Materia medica of Madras volume I
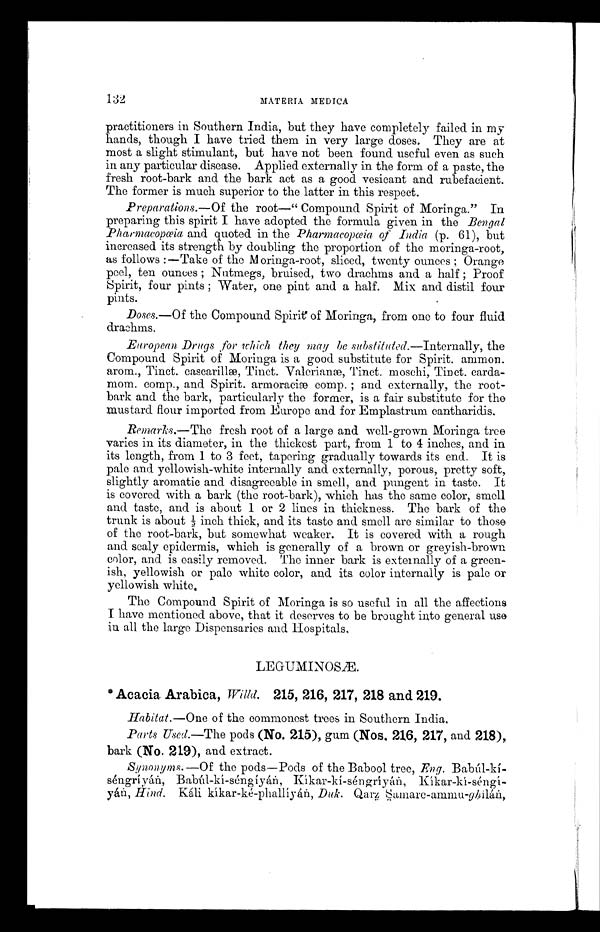
132
MATERIA MEDICA
practitioners in Southern India, but they have completely failed in my
hands, though I have tried them in very large doses. They are at
most a slight stimulant, but have not been found useful even as such
in any particular disease. Applied externally in the form of a paste, the
fresh root-bark and the bark act as a good vesicant and rubefacient.
The former is much superior to the latter in this respect.
Preparations.— Of the root—" Compound Spirit of Moringa." In
preparing this spirit I have adopted the formula given in the Bengal
Pharmacopœia and quoted in the Pharmacopœia of India (p. 61), but
increased its strength by doubling the proportion of the moringa-root,
as follows :—Take of the Moringa-root, sliced, twenty ounces ; Orange
peel, ten ounces ; Nutmegs, bruised, two drachms and a half ; Proof
Spirit, four pints ; Water, one pint and a half. Mix and distil four
pints.
Doses.—Of the Compound Spirit of Moringa, from one to four fluid
drachms.
European Drugs for which they may be substituted.— Internally, the
Compound Spirit of Moringa is a good substitute for Spirit. ammon.
arom., Tinct. cascarillæ, Tinct. Valerianæ, Tinct. moschi, Tinct. carda
-mom. comp., and Spirit. armoraciæ comp. ; and externally, the root-
bark and the bark, particularly the former, is a fair substitute for the
mustard flour imported from Europe and for Emplastrum cantharidis.
Remarks.— The fresh root of a large and well-grown Moringa tree
varies in its diameter, in the thickest part, from 1 to 4 inches, and in
its length, from 1 to 3 feet, tapering gradually towards its end. It is
pale and yellowish-white internally and externally, porous, pretty soft,
slightly aromatic and disagreeable in smell, and pungent in taste. It
is covered with a bark (the root-bark), which has the same color, smell
and taste, and is about 1 or 2 lines in thickness. The bark of the
trunk is about ½ inch thick, and its taste and smell are similar to those
of the root-bark, but somewhat weaker. It is covered with a rough
and scaly epidermis, which is generally of a brown or greyish-brown
color, and is easily removed. The inner bark is externally of a green
-ish, yellowish or pale white color, and its color internally is pale or
yellowish white.
The Compound Spirit of Moringa is so useful in all the affections
I have mentioned above, that it deserves to be brought into general use
in all the large Dispensaries and Hospitals,
LEGUMINOSÆ.
*Acacia. Arabica, Willd. 215, 216, 217, 218 and 219.
Habitat.— One of the commonest trees in Southern India.
Parts Used. —The pods (No. 215), gum (Nos. 216, 217, and 218),
bark (No. 219), and extract.
Synonyms. —Of the pods—Pods of the Babool tree, Eng. Babúl-k
í-séngríyán, Babúl-kí-séngíyán, Kíkar-kí-séngríyán, Kíkar-kí-séng
í - y á n ,
H i n d .
K á l i k í k a r - k é - p h a l l í y á n ,
D u k .
Q a r z S a m a r e - a m m u - g h i l á n ,